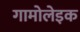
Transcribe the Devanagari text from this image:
गामोलेइक